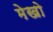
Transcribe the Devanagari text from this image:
मेखो